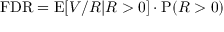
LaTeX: \mathrm { F D R } = \mathrm { E } \! \left[ V / R | R > 0 \right] \cdot \mathrm { P } \! \left( R > 0 \right)